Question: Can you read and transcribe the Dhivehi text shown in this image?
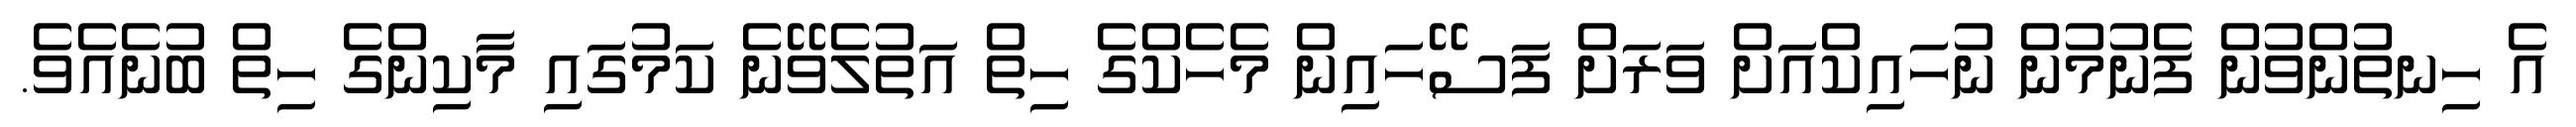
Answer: އެ ހިނތުންވުން ފެނުމުން ނުހައިކްއަށް ވަރަށް ފަސޭހައިން މެހެކްގެ ހިތް އަތުލެވޭނެ ކަމުގައި މާކިންގެ ހިތް ބުނެއެވެ.